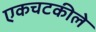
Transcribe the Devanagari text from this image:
एकचटकीले